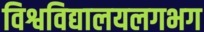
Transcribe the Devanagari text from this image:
विश्वविद्यालयलगभग